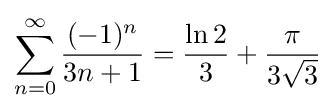
\sum _{n=0}^{\infty }{\frac {(-1)^{n}}{3n+1}}={\frac {\ln 2}{3}}+{\frac {\pi }{3{\sqrt {3}}}}